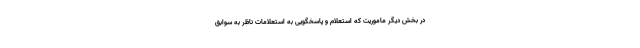
در بخش دیگر ماموریت که استعلام و پاسخگویی به استعلامات ناظر به سوابق